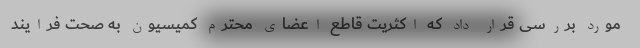
مورد بررسی قرار داد که اکثریت قاطع اعضای محترم کمیسیون به صحت فرایند